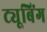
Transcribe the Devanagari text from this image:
ट्यूबिंग